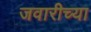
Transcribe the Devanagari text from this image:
जवारीच्या